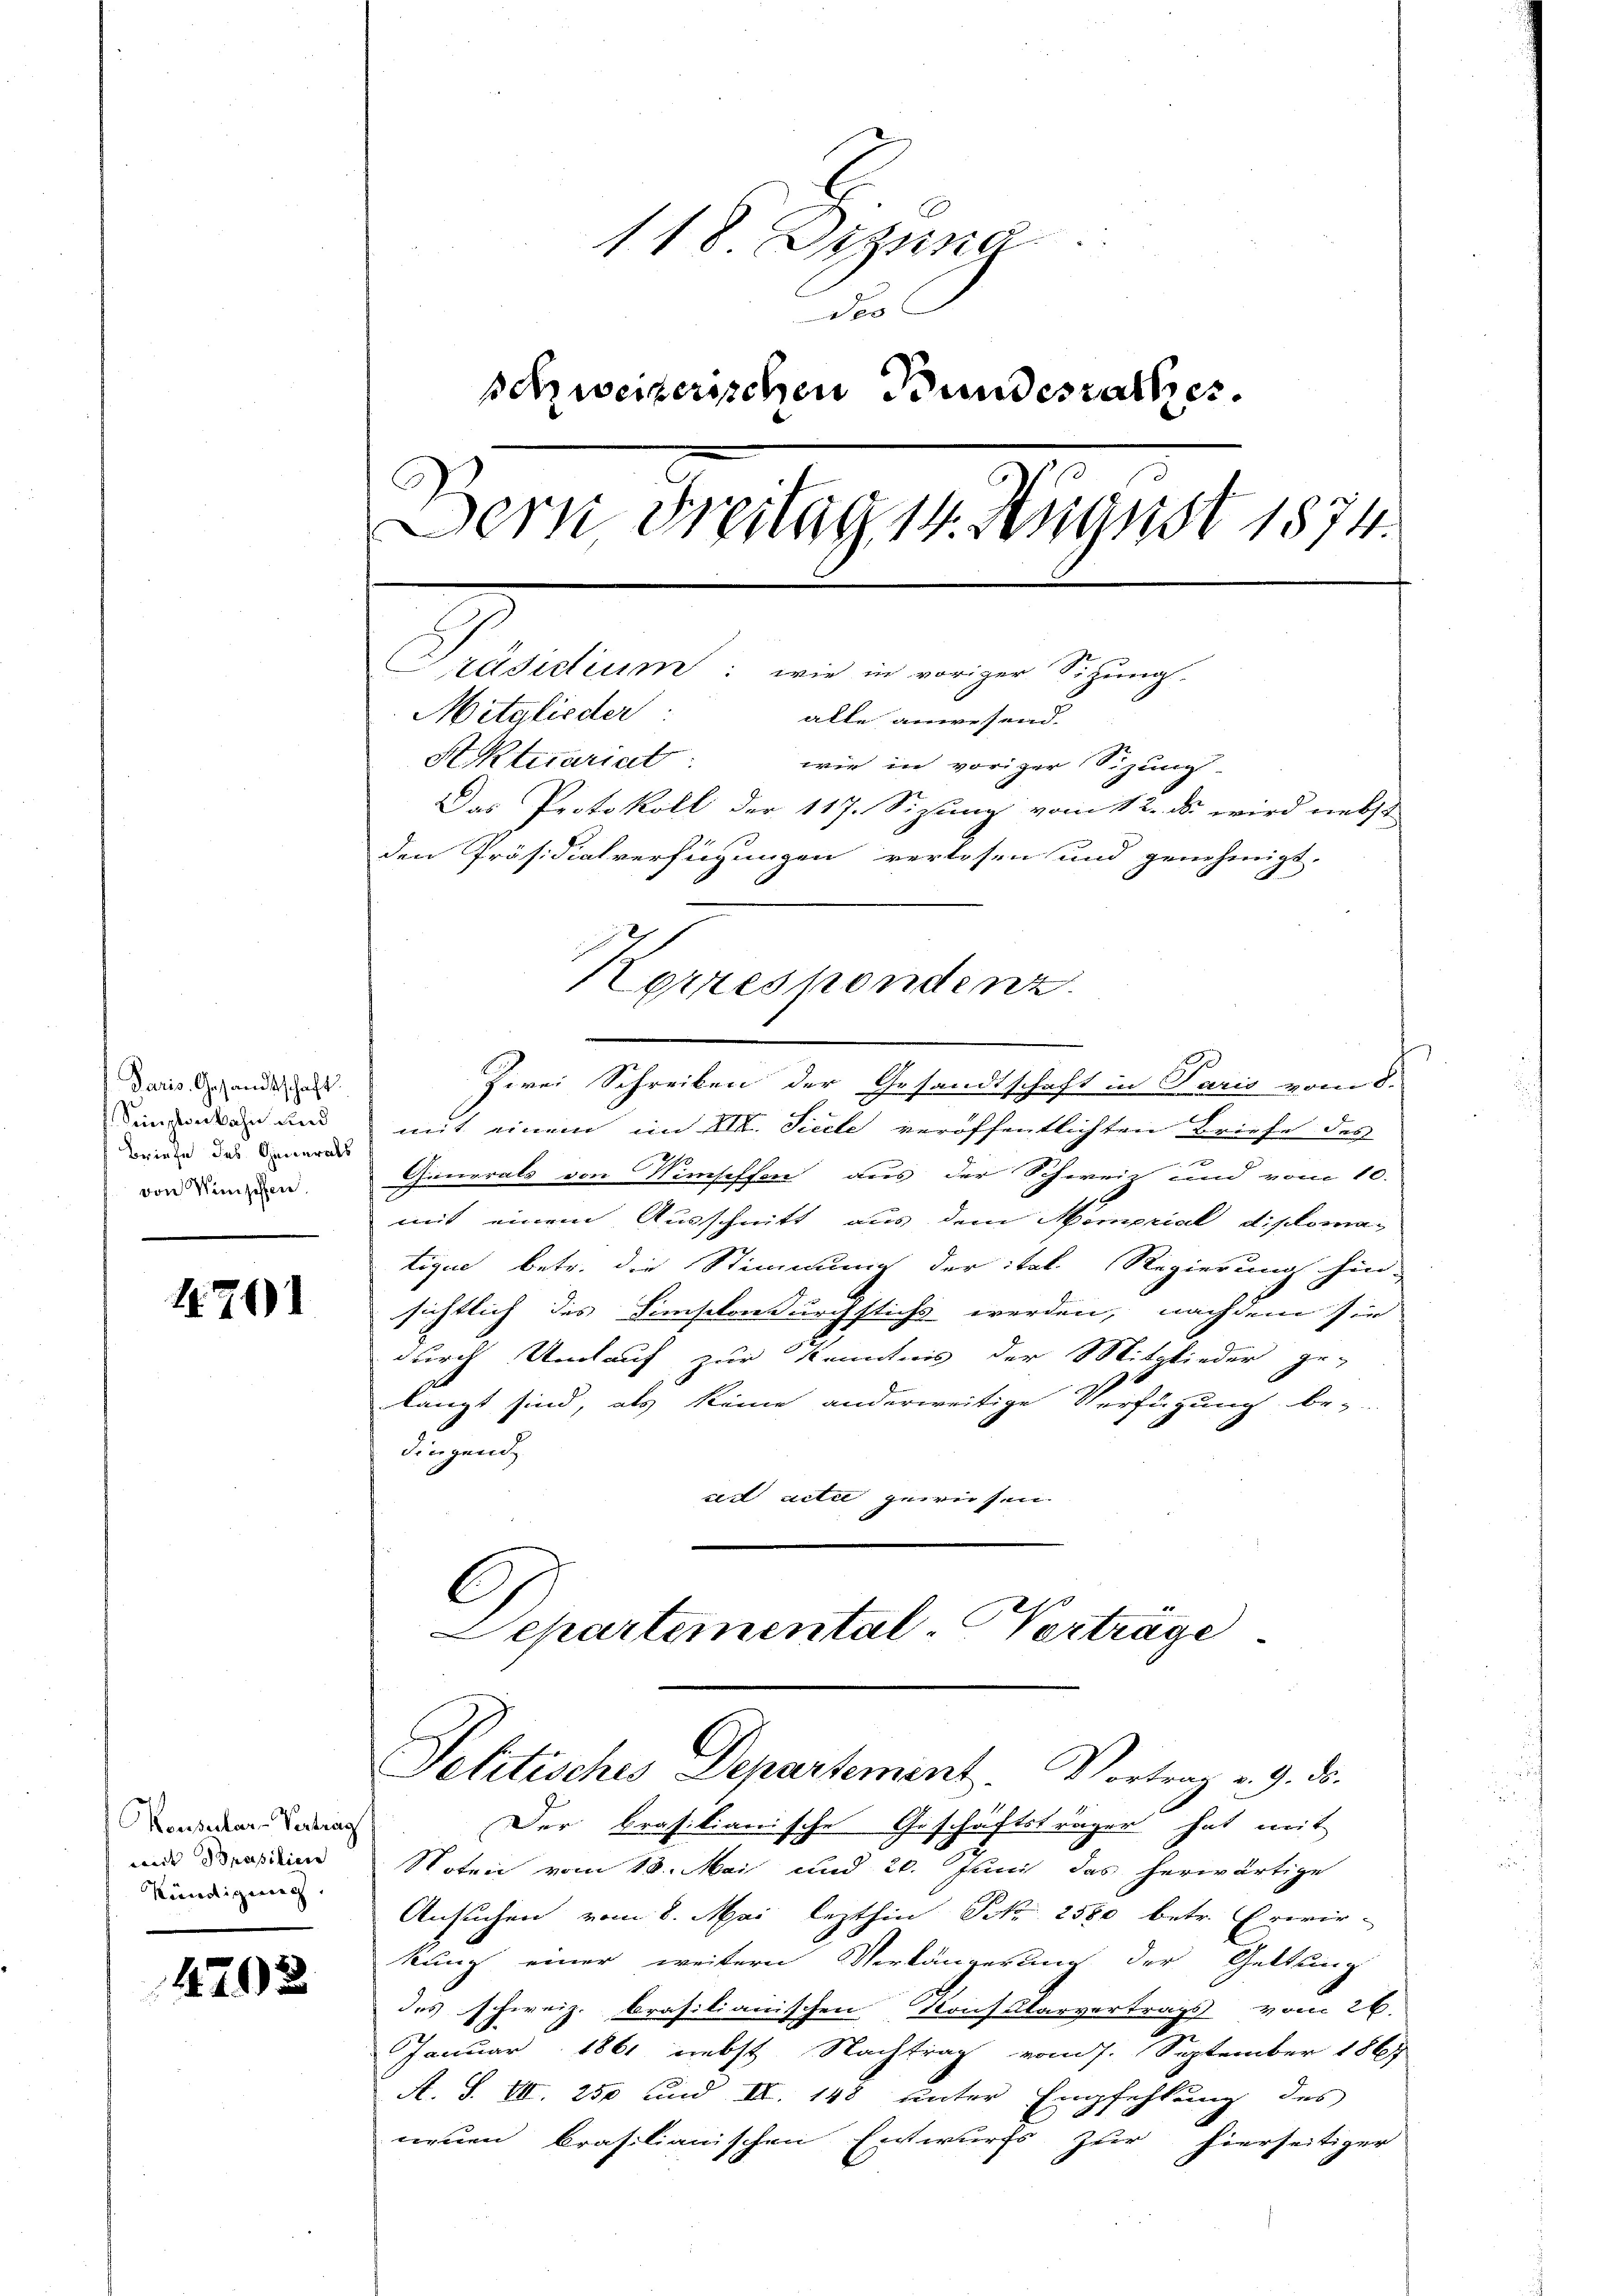
Paris. Gesandtschaft
Semptenbahn und
Briefe des Generals
von Winschen.

1201

Konsentar-Vertrag
mit Brasilien
Kündigung.

4792

118 Dizina
des
schweizerischen Bundesrathes.
Dern Freitag 14 August 1874.
Präsidium: wie in voriger Sitzung
Mitglieder
alle anwesend.
Aktuariat
wir in voriger Sizung
Das Protokoll der 117. Sizung vom 12. ds. wird nebst
den Präsidialverfügungen verlesen und genehmigt.
Korrespondenz.

.
Zwei Schreiben der Gesandtschaft in Paris vom 8.
mit einem im XII. Sicile veröffentlichten Briefe des
29
Gimerals von Simseffen aus der Schweiz und vom 10.
mit einem Ausschnitt aus dem Memorial diplomatique betr. die Stimmung der ital. Regierung hin-
sichtlich des Simsikon durchstichs werden, nachdem sie
durch Unauf zur Kenntnis der Mitglieder ge-
langt sind, als keine anderweitige Verfügung be-
dingend
ad acta gewiesen. |
C
Departemental-Verträge

Petitisches Departement. Vortrag v. 9. ds.

Der krasilianische Geschäftsträger hat mit
Noten vom 18. Mai und 20. Juni das herwärtige
Ansuchen vom 8. Mai lezthin S. 2580 betr. Erwir-
kung einer weitern Verlängerung der Geltung
des Schweiz. krasilianischen Konsularvertrags vom 26.
Januar 1861 nebst Nachtrag vom 7. September 1867
A. S. II. 250 und II. 148 unter Empfehlung des
neuen brasilianischen Entwurfs zur hierseitiger